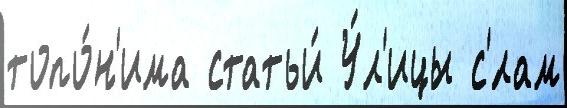
топо́н'има статьи́ У́л'ицы с'́лам